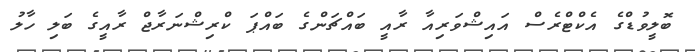
ބޮލީވުޑްގެ އެކްޓްރެސް އައިޝްވަރިއާ ރާއީ ބައްޗަންގެ ބައްޕަ ކްރިޝްނަރާޖް ރާއީގެ ބަލި ހާލު